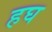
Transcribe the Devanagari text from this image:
हघ